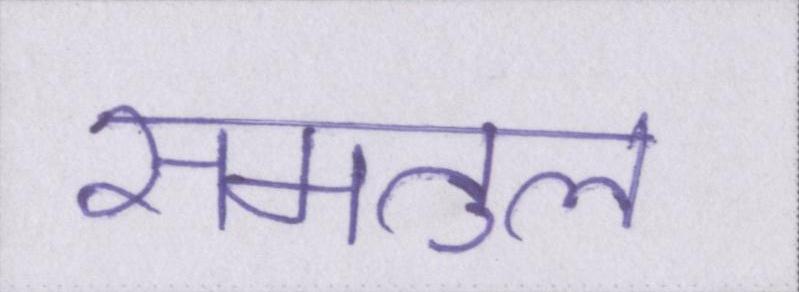
समतुल